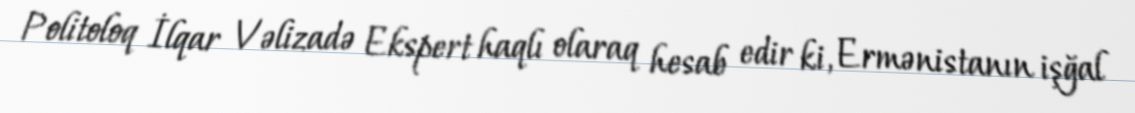
Politoloq İlqar Vəlizadə Ekspert haqlı olaraq hesab edir ki, Ermənistanın işğal